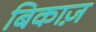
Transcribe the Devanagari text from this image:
बिकाज़